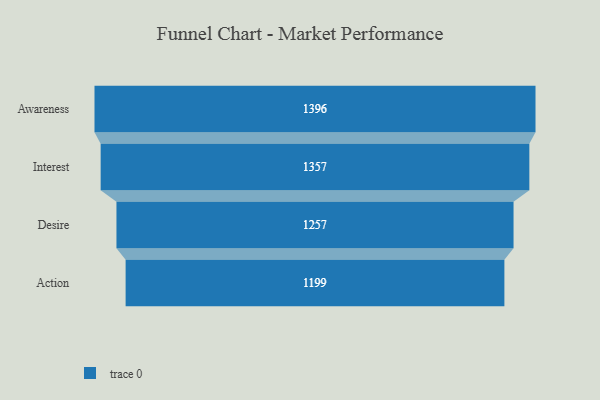
{"axis": {"x": "Stage", "y": "Value"}, "legend": [""], "data": [{"x": "Awareness", "y": 1396.0, "type": ""}, {"x": "Interest", "y": 1357.0, "type": ""}, {"x": "Desire", "y": 1257.0, "type": ""}, {"x": "Action", "y": 1199.0, "type": ""}]}